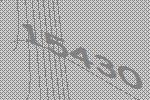
15430